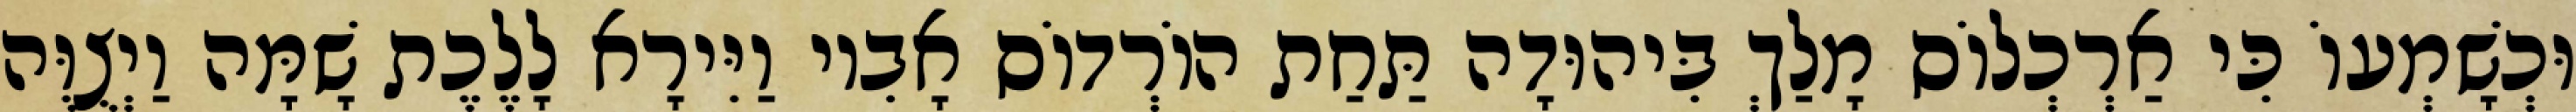
וּכְשָׁמְעוֹ כִּי אַרְכְלוֹס מָלַךְ בִּיהוּדָה תַּחַת הוֹרְדוֹס אָבִיו וַיִּירָא לָלֶכֶת שָׁמָּה וַיְצֻוֶּה